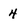
Character: 4